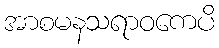
အာစမနသရာဝကေပိ